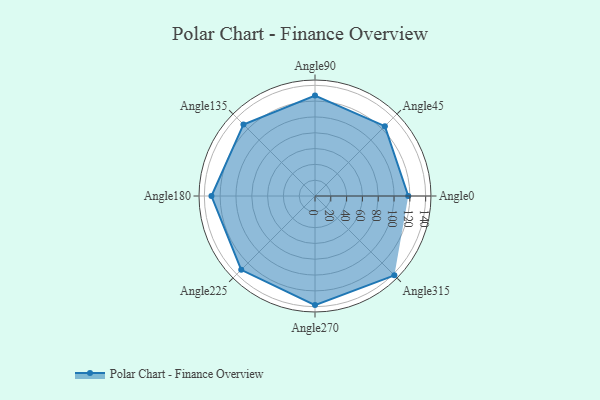
{"axis": {"x": "Angle", "y": "Radius"}, "legend": [""], "data": [{"x": "Angle0", "y": 118.0, "type": ""}, {"x": "Angle45", "y": 125.0, "type": ""}, {"x": "Angle90", "y": 127.0, "type": ""}, {"x": "Angle135", "y": 128.0, "type": ""}, {"x": "Angle180", "y": 131.0, "type": ""}, {"x": "Angle225", "y": 132.0, "type": ""}, {"x": "Angle270", "y": 138.0, "type": ""}, {"x": "Angle315", "y": 142.0, "type": ""}]}